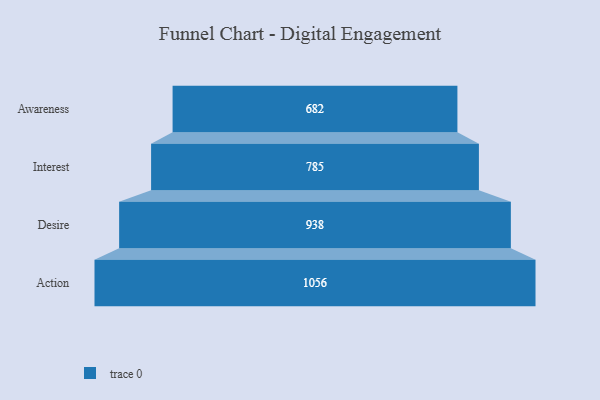
{"axis": {"x": "Stage", "y": "Value"}, "legend": [""], "data": [{"x": "Awareness", "y": 682.0, "type": ""}, {"x": "Interest", "y": 785.0, "type": ""}, {"x": "Desire", "y": 938.0, "type": ""}, {"x": "Action", "y": 1056.0, "type": ""}]}